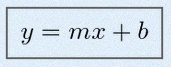
y=mx+b